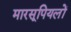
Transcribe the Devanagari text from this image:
मारसूपियलों